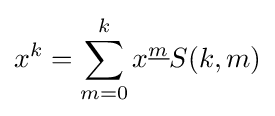
x^{k}=\sum _{m=0}^{k}{x^{\underline {m}}}S(k,m)